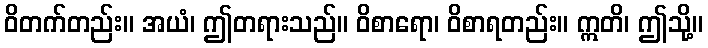
ဝိတက်တည်း။ အယံ၊ ဤတရားသည်။ ဝိစာရော၊ ဝိစာရတည်း။ ဣတိ၊ ဤသို့။